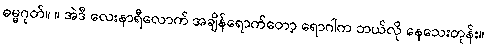
ဓမ္မဂုတ်။ ။ အဲဒီ လေးနာရီလောက် အချိန်ရောက်တော့ ရောဂါက ဘယ်လို နေသေးတုန်း။